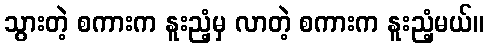
သွားတဲ့ စကားက နူးညံ့မှ လာတဲ့ စကားက နူးညံ့မယ်။